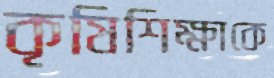
কৃষিশিক্ষাকে